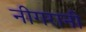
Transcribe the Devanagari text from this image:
नीगरानी